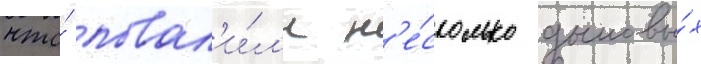
что́ повал'и́л'и н'е́сколько дымовы́х